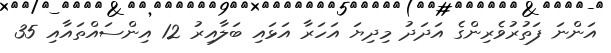
އަންނަ ފަތުރުވެރިންގެ އަދަދު މިދިޔަ އަހަރާ އަޅައި ބަލާއިރު 12 އިންސައްތައާއި 35